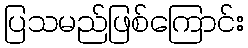
ပြသမည်ဖြစ်ကြောင်း